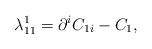
LaTeX: \begin{align*}\lambda_{11}^{1}=\partial^{i}C_{1i}-C_{1} ,\end{align*}